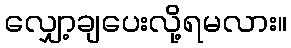
လျှော့ချပေးလို့ရမလား။